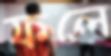
ফলে